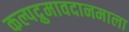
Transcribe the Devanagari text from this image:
कल्पद्रुमावदानमाला